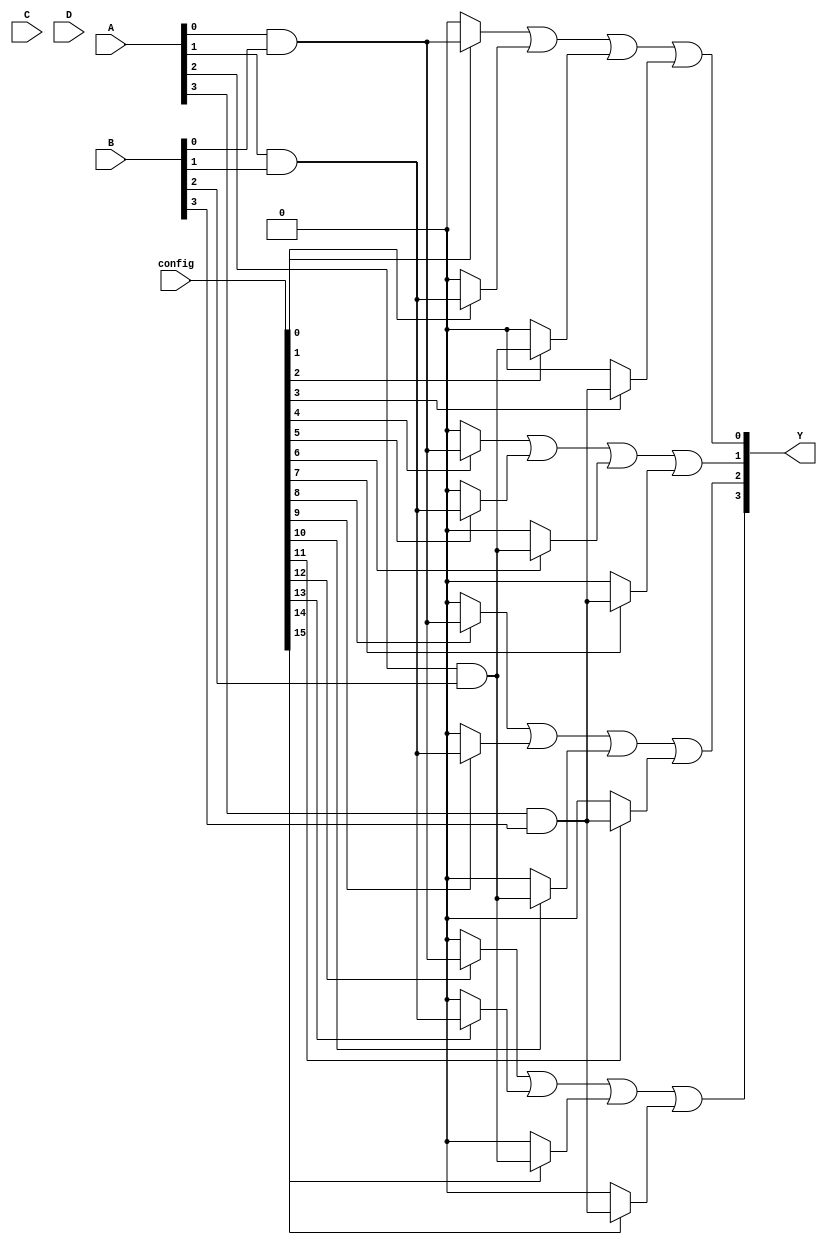
module SPAL (
    input wire [3:0] A,        // 4-bit input A
    input wire [3:0] B,        // 4-bit input B
    input wire [3:0] C,        // 4-bit input C
    input wire [3:0] D,        // 4-bit input D
    input wire [15:0] config,  // Configuration for AND gates (16 bits for 16 AND gates)
    output wire [3:0] Y        // 4-bit output Y
);

// Programmable AND array
wire [15:0] and_out; // Outputs from AND gates

// Generate AND gates based on configuration
genvar i;
generate
    for (i = 0; i < 16; i = i + 1) begin : and_gates
        assign and_out[i] = (config[i]) ? (A[i % 4] & B[i % 4]) : 1'b0; // Example: AND between A and B
    end
endgenerate

// Fixed OR array
assign Y[0] = and_out[0] | and_out[1] | and_out[2] | and_out[3]; // OR gate for output Y[0]
assign Y[1] = and_out[4] | and_out[5] | and_out[6] | and_out[7]; // OR gate for output Y[1]
assign Y[2] = and_out[8] | and_out[9] | and_out[10] | and_out[11]; // OR gate for output Y[2]
assign Y[3] = and_out[12] | and_out[13] | and_out[14] | and_out[15]; // OR gate for output Y[3]

endmodule